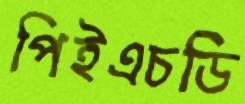
পিইএচডি